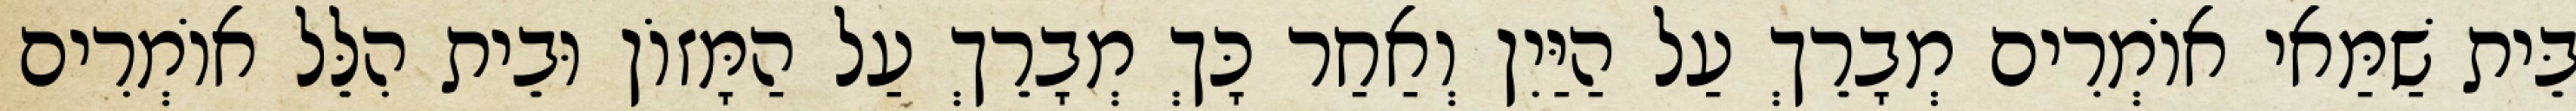
בֵּית שַׁמַּאי אוֹמְרִים מְבָרֵךְ עַל הַיַּיִן וְאַחַר כָּךְ מְבָרֵךְ עַל הַמָּזוֹן וּבֵית הִלֵּל אוֹמְרִים